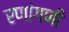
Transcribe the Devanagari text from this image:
रणांगणीं